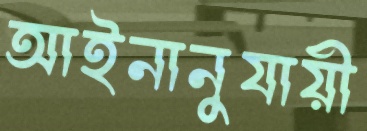
আইনানুযায়ী